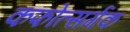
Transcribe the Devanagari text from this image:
कफोत्सर्गक